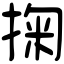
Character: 掬